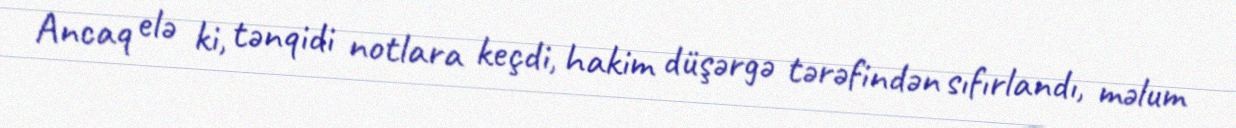
Ancaq elə ki, tənqidi notlara keçdi, hakim düşərgə tərəfindən sıfırlandı, məlum